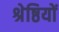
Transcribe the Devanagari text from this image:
श्रेष्ठियों